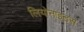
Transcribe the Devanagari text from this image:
लियोनाइडस